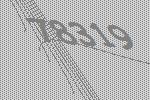
78319